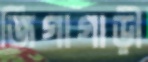
জিগাগাড়ী